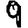
Digit: 9